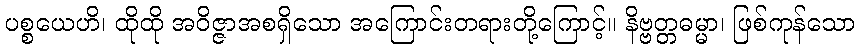
ပစ္စယေဟိ၊ ထိုထို အဝိဇ္ဇာအစရှိသော အကြောင်းတရားတို့ကြောင့်။ နိဗ္ဗတ္တဓမ္မာ၊ ဖြစ်ကုန်သော